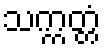
သက္ကတ္တံ